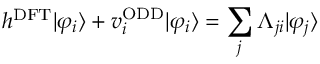
h ^ { \mathrm { D F T } } | \varphi _ { i } \rangle + v _ { i } ^ { \mathrm { O D D } } | \varphi _ { i } \rangle = \sum _ { j } \Lambda _ { j i } | \varphi _ { j } \rangle